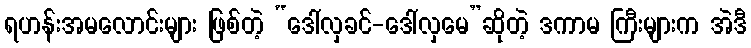
ရဟန်းအမလောင်းများ ဖြစ်တဲ့ “ဒေါ်လှခင်-ဒေါ်လှမေ”ဆိုတဲ့ ဒကာမ ကြီးများက အဲဒီ